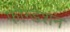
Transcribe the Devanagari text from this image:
फौन्डेशन